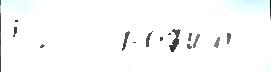
52  Про́ф'иль